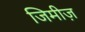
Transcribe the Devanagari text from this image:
जिमीज़